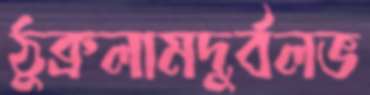
ঠুক্‌রলামদুর্বলভ